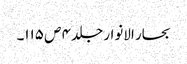
بحار الانوار جلد ۴ ص ۱۱۵۔